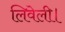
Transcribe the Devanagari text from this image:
लिवेली।